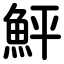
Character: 鮃